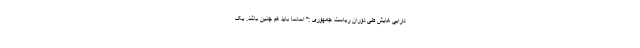
دارایی هایش طی دوران ریاست جمهوری :" اساسا باید هم چنین باشد. یک